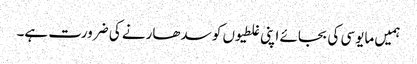
ہمیں مایوسی کی بجائے اپنی غلطیوں کو سدھارنے کی ضرورت ہے۔